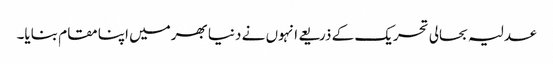
عدلیہ بحالی تحریک کے ذریعے انہوں نے دنیا بھرمیں اپنا مقام بنایا۔